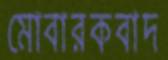
মোবারকবাদ